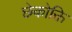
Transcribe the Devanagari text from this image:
छेकोक्ति